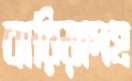
বারিয়াদহ